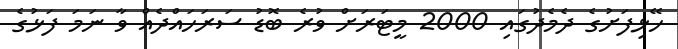
ހޭޅިފަށުގެ ދެމެދުގައި 2000 މީޓަރަށް ވުރެ ބޮޑު ސަރަހައްދެއް ވާ ނަމަ ފަޅުގެ